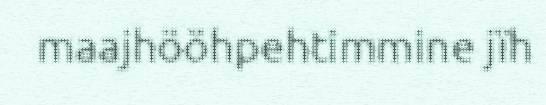
maajhööhpehtimmine jïh